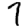
Digit: 7